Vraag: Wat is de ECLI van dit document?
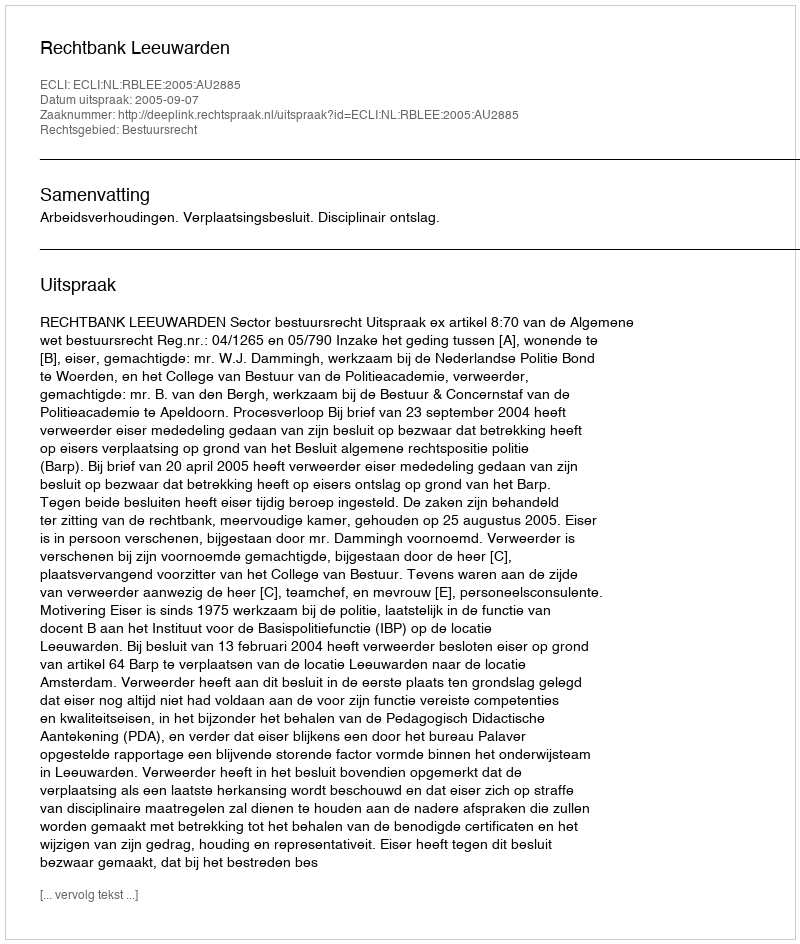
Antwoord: ECLI:NL:RBLEE:2005:AU2885